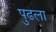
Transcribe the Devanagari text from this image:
पुढला